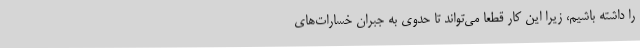
را داشته باشیم، زیرا این کار قطعا می‌تواند تا حدوی به جبران خسارات‌های